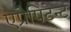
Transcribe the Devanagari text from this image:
एप्रेपिटेन्ट